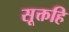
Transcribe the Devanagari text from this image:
सूक्तहि